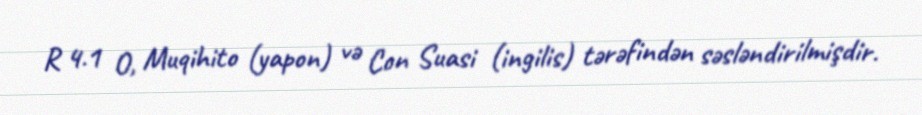
R 4.1 O, Muqihito (yapon) və Con Suasi (ingilis) tərəfindən səsləndirilmişdir.